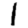
Digit: 1